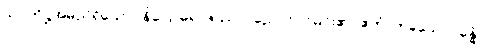
သုပ္ပတိဋ္ဌအမည်ရှိသော။ နိဂြောဓရာဇဿ၊ ပညောင်ပင်မင်း၏။ ဧကံ၊ တခုသော။ ခန္ဓံ၊